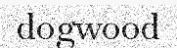
dogwood